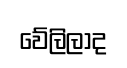
වේලිලාද